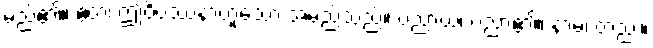
မည်၏။ ဧတံ၊ ဤဝိပဿနာဟူသော အမည်သည်။ ပညာယ၊ ပညာ၏။ နာမံ၊ တည်း။